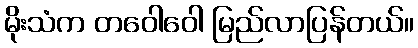
မိုးသံက တဝေါဝေါ မြည်လာပြန်တယ်။